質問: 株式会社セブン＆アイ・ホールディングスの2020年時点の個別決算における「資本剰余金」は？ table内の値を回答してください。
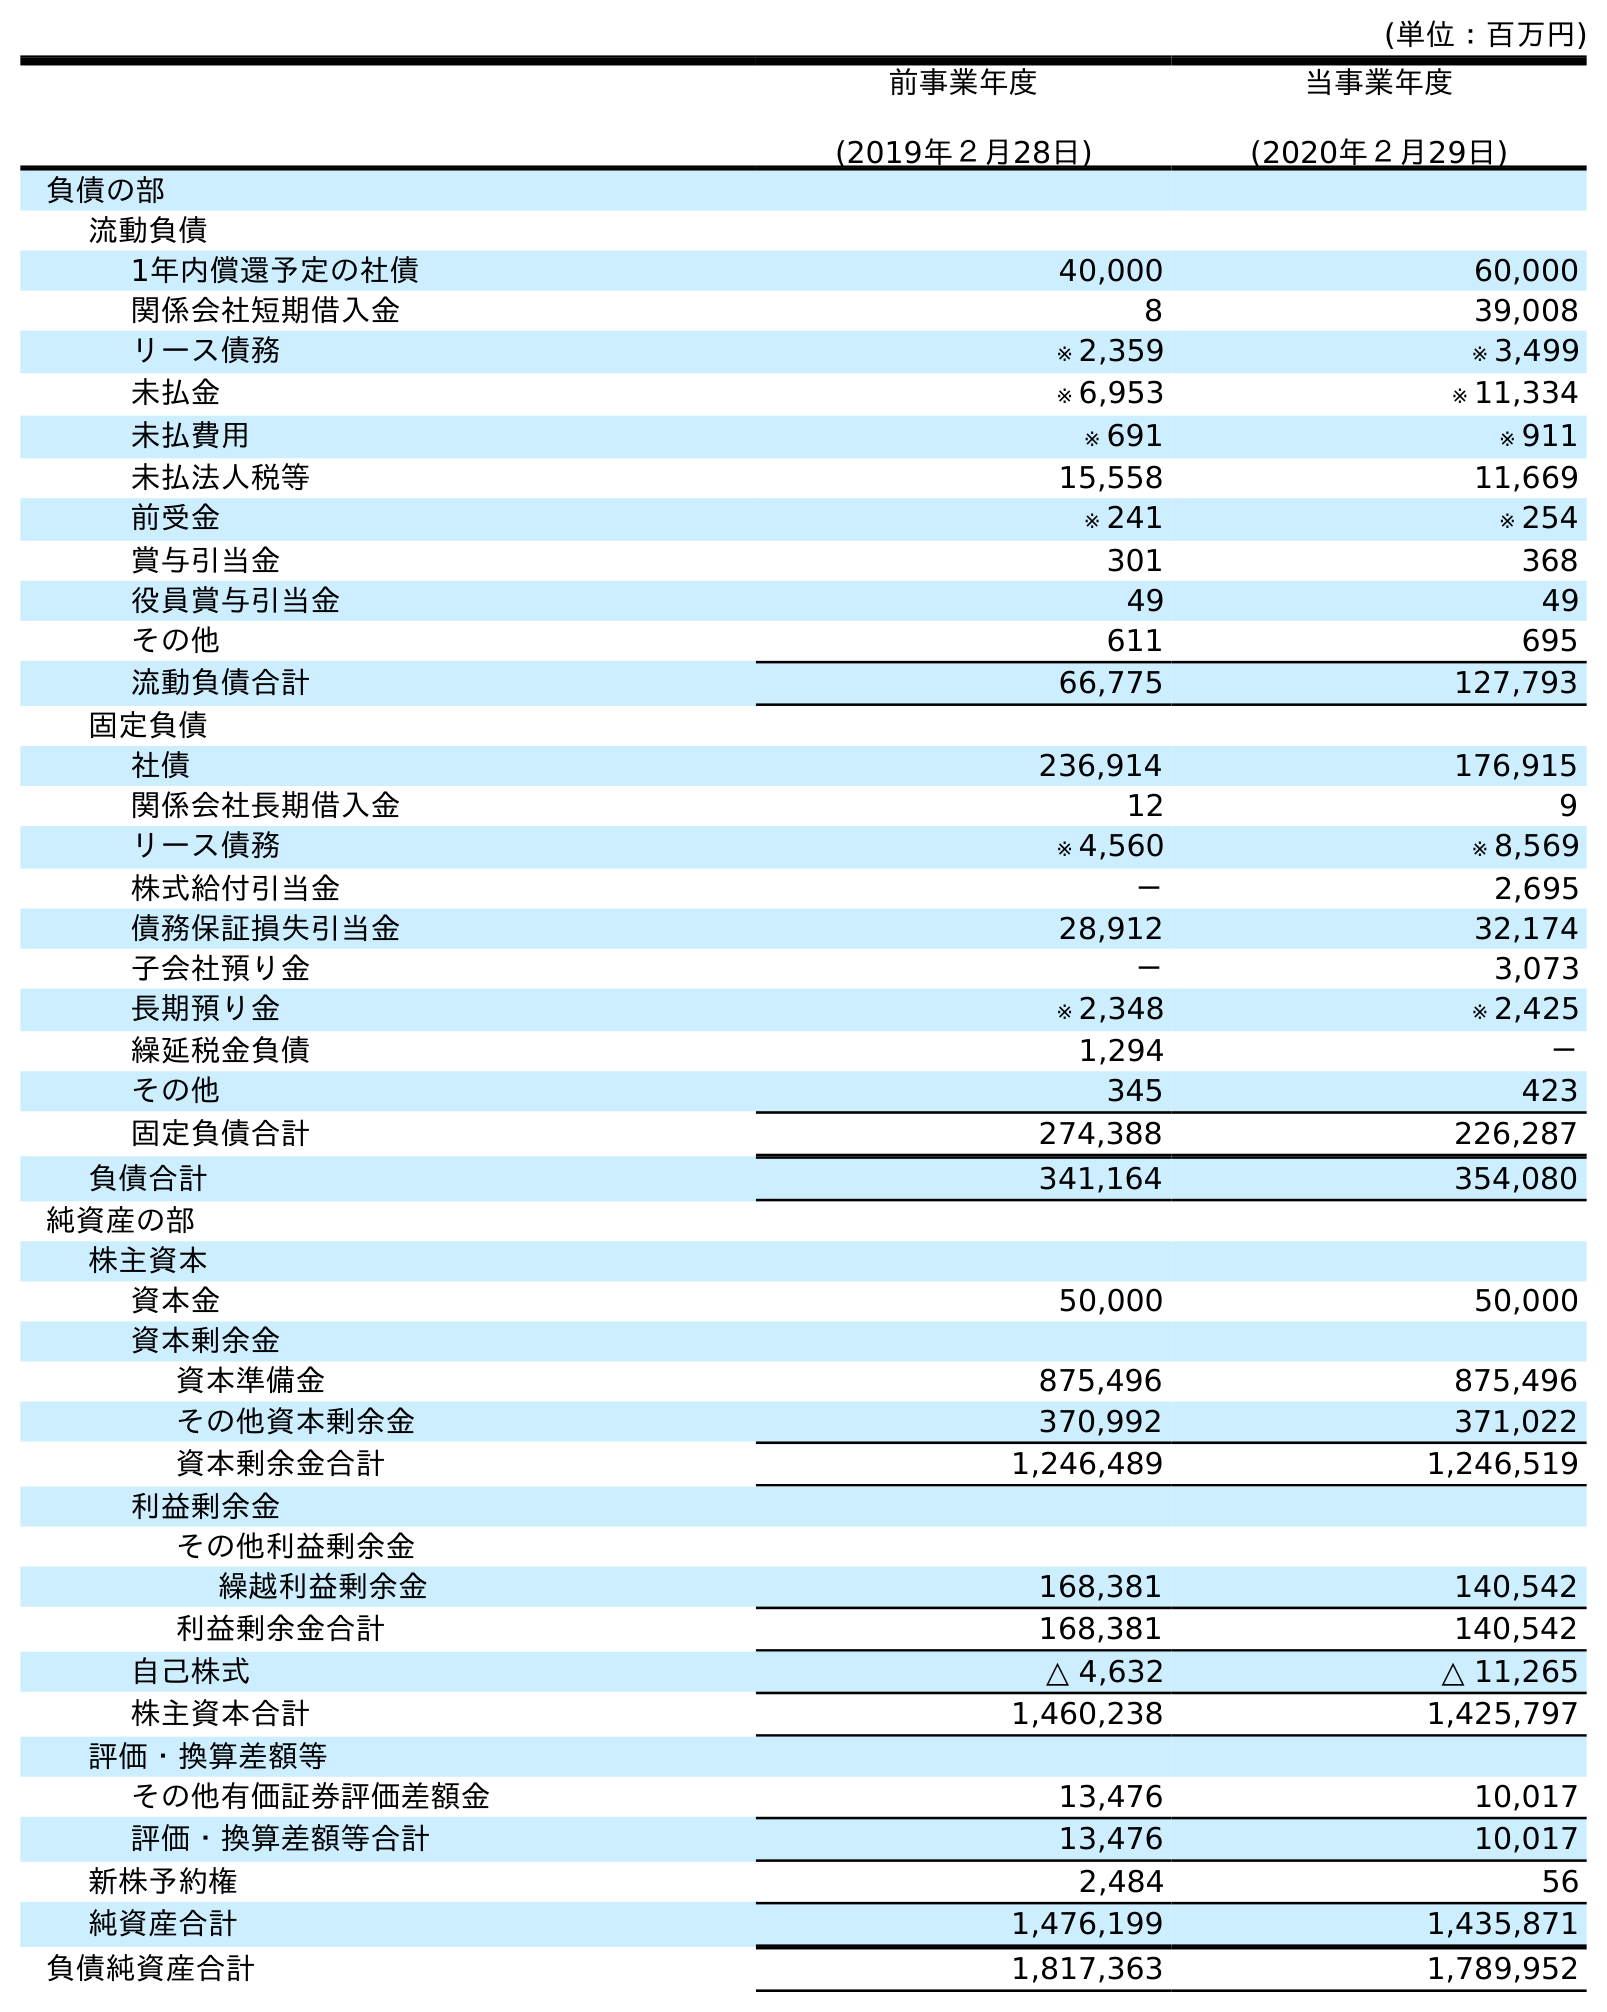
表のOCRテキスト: (単位：百万円) 前事業年度 (2019年２月28日) 当事業年度 (2020年２月29日) 負債の部 流動負債 1年内償還予定の社債 40,000 60,000 関係会社短期借入金 8 39,008 リース債務 ※ 2,359 ※ 3,499 未払金 ※ 6,953 ※ 11,334 未払費用 ※ 691 ※ 911 未払法人税等 15,558 11,669 前受金 ※ 241 ※ 254 賞与引当金 301 368 役員賞与引当金 49 49 その他 611 695 流動負債合計 66,775 127,793 固定負債 社債 236,914 176,915 関係会社長期借入金 12 9 リース債務 ※ 4,560 ※ 8,569 株式給付引当金 － 2,695 債務保証損失引当金 28,912 32,174 子会社預り金 － 3,073 長期預り金 ※ 2,348 ※ 2,425 繰延税金負債 1,294 － その他 345 423 固定負債合計 274,388 226,287 負債合計 341,164 354,080 純資産の部 株主資本 資本金 50,000 50,000 資本剰余金 資本準備金 875,496 875,496 その他資本剰余金 370,992 371,022 資本剰余金合計 1,246,489 1,246,519 利益剰余金 その他利益剰余金 繰越利益剰余金 168,381 140,542 利益剰余金合計 168,381 140,542 自己株式 △ 4,632 △ 11,265 株主資本合計 1,460,238 1,425,797 評価・換算差額等 その他有価証券評価差額金 13,476 10,017 評価・換算差額等合計 13,476 10,017 新株予約権 2,484 56 純資産合計 1,476,199 1,435,871 負債純資産合計 1,817,363 1,789,952
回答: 1,246,519